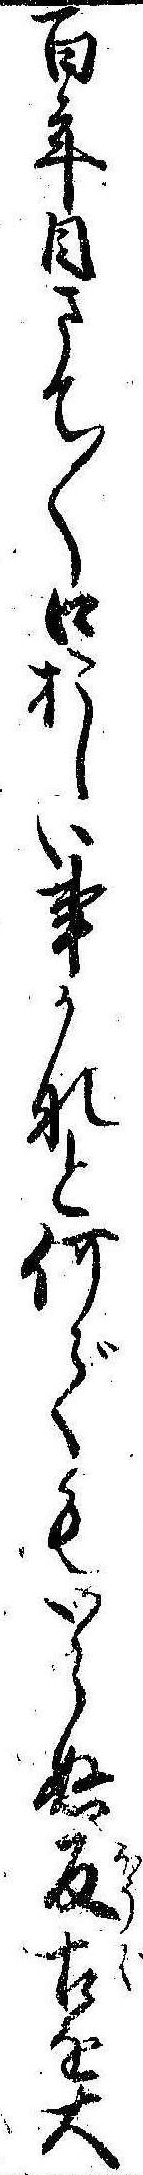
百年目さて〱口おしい事かなと何でもいらぬ反古を大